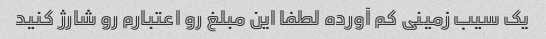
یک سیب زمینی کم آورده لطفا این مبلغ رو اعتبارم رو شارژ کنید